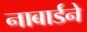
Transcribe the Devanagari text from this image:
नाबार्डने